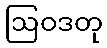
ဩဝဒတု